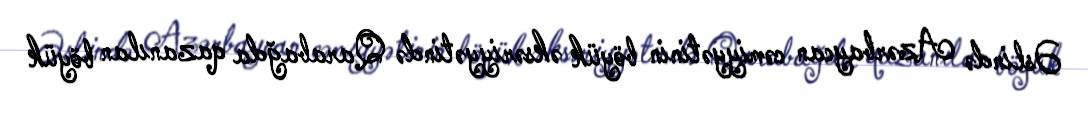
Əslində Azərbaycan cəmiyyətinin böyük əksəriyyətində Qarabağda qazanılan böyük